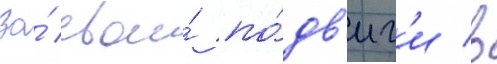
За́ свои́ по́дв'иг'и в